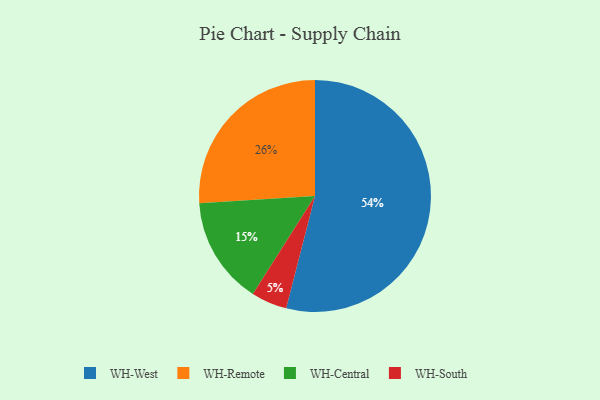
{"axis": {"x": "Category", "y": "Percentage"}, "legend": ["WH-Central", "WH-Remote", "WH-South", "WH-West"], "data": [{"x": "WH-South", "y": 5, "type": "WH-South"}, {"x": "WH-Remote", "y": 26, "type": "WH-Remote"}, {"x": "WH-West", "y": 54, "type": "WH-West"}, {"x": "WH-Central", "y": 15, "type": "WH-Central"}]}